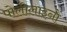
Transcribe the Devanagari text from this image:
पोलीलाइनों